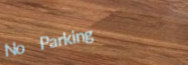
No Parking